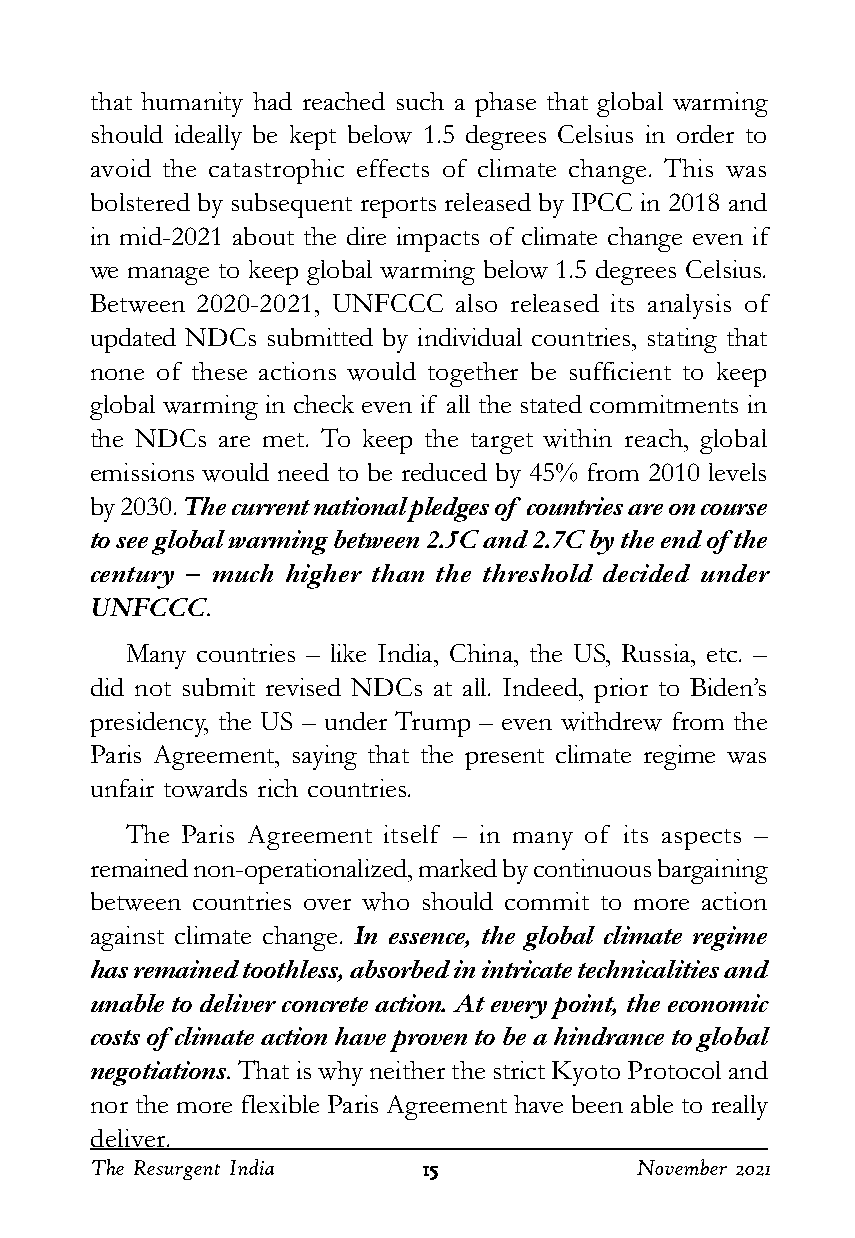
that humanity had reached such a phase that global warming
 should ideally be kept below 1.5 degrees Celsius in order to
 avoid the catastrophic effects of climate change. This was
 bolstered by subsequent reports released by IPCC in 2018 and
 in mid-2021 about the dire impacts of climate change even if
 we manage to keep global warming below 1.5 degrees Celsius.
 Between 2020-2021, UNFCCC also released its analysis of
 updated NDCs submitted by individual countries, stating that
 none of these actions would together be sufficient to keep
 global warming in check even if all the stated commitments in
 the NDCs are met. To keep the target within reach, global
 emissions would need to be reduced by 45% from 2010 levels
 by 2030. The current national pledges of countries are on course
 to see global warming between 2.5C and 2.7C by the end of the
 century – much higher than the threshold decided under
 UNFCCC.
 Many countries – like India, China, the US, Russia, etc. –
 did not submit revised NDCs at all. Indeed, prior to Biden’s
 presidency, the US – under Trump – even withdrew from the
 Paris Agreement, saying that the present climate regime was
 unfair towards rich countries.
 The Paris Agreement itself – in many of its aspects –
 remained non-operationalized, marked by continuous bargaining
 between countries over who should commit to more action
 against climate change. In essence, the global climate regime
 has remained toothless, absorbed in intricate technicalities and
 unable to deliver concrete action. At every point, the economic
 costs of climate action have proven to be a hindrance to global
 negotiations. That is why neither the strict Kyoto Protocol and
 nor the more flexible Paris Agreement have been able to really
 deliver.
 The Resurgent India   1111155555    November 2021